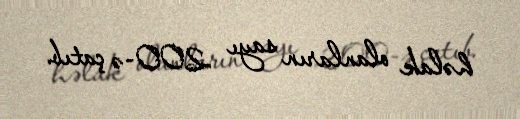
həlak olanların sayı 200-ə çatıb.